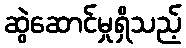
ဆွဲဆောင်မှုရှိသည့်